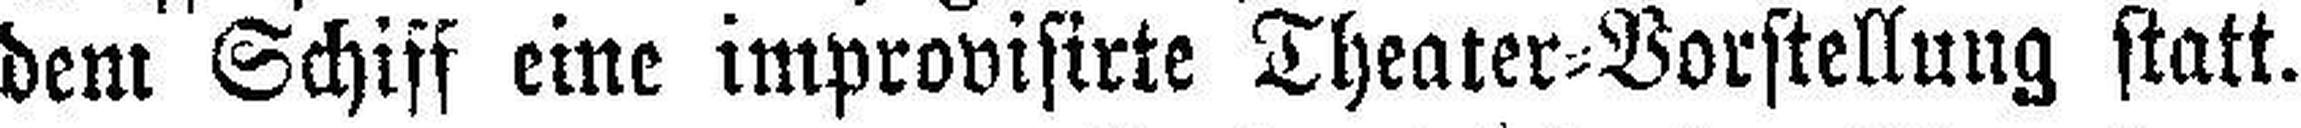
dem Schiff eine improvisirte Theater=Vorstellung statt.